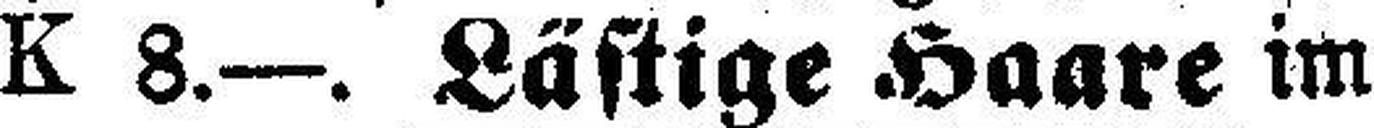
K 8.—. Lästige Haare im